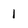
Character: 1